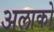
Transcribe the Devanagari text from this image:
अलाको